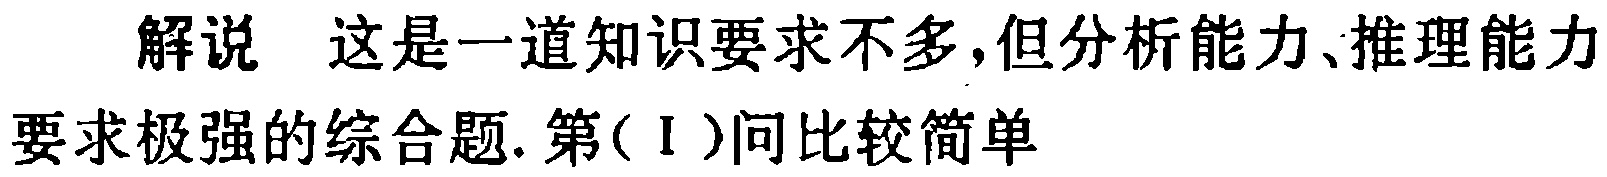
解说 这是一道知识要求不多,但分析能力、推理能力要求极强的综合题. 第(Ⅰ)问比较简单